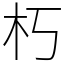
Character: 朽